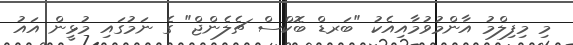
މި މިފިލްމު އާންމުވުމާއިއެކު "ބަރޑް ބޮކްސް ޗެލެންޖް" ގެ ނަމުގައި މުޅީން އައު